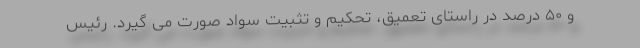
و ۵۰ درصد در راستای تعمیق، تحکیم و تثبیت سواد صورت می گیرد. رئیس